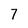
Character: 7